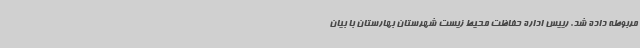
مربوطه داده شد. رییس اداره حفاظت محیط زیست شهرستان بهارستان با بیان